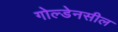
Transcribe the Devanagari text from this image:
गोल्डेनसील